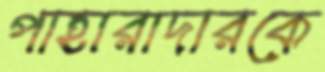
পাহারাদারকে